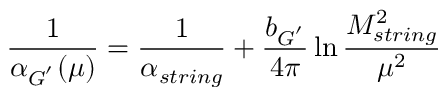
{ \frac { 1 } { \alpha _ { G ^ { ' } } ( \mu ) } } = { \frac { 1 } { \alpha _ { s t r i n g } } } + \frac { b _ { G ^ { ' } } } { 4 \pi } \ln \frac { M _ { s t r i n g } ^ { 2 } } { \mu ^ { 2 } }